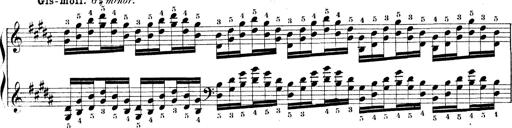
Title: Technische Studien
Composer: Franz Liszt